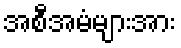
အစီအမံများအား